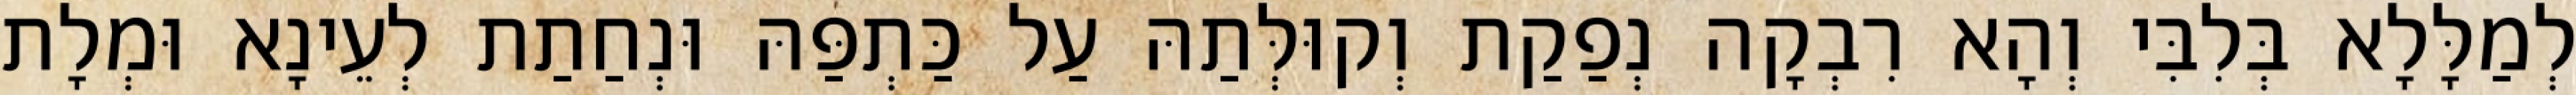
לְמַלָּלָא בְּלִבִּי וְהָא רִבְקָה נְפַקַת וְקוּלְּתַהּ עַל כַּתְפַּהּ וּנְחַתַת לְעֵינָא וּמְלָת